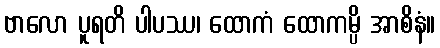
ဗာလော ပူရတိ ပါပဿ၊ ထောကံ ထောကမ္ပိ အာစိနံ။